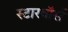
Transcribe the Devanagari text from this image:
स्टारवॉर्स